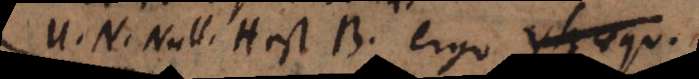
U. N. Null. H est B, ergo yH